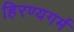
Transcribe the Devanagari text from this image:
हिरण्यगर्म